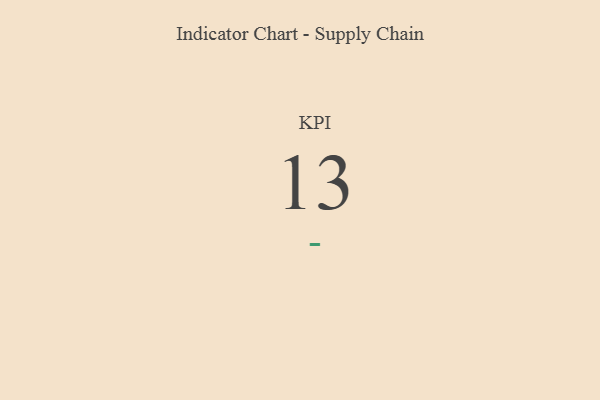
{"axis": {"x": "KPI", "y": "Value"}, "legend": [""], "data": [{"x": "KPI", "y": 13, "type": ""}]}